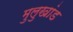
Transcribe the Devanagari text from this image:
मुलुखांड